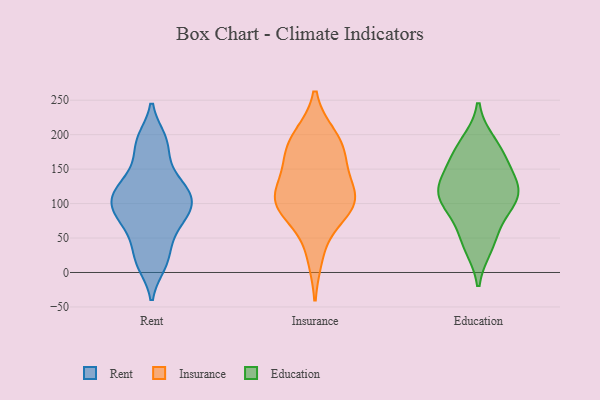
{"axis": {"x": "Backlog", "y": "Value"}, "legend": ["Education", "Insurance", "Rent"], "data": [{"x": "", "y": 127, "type": "Rent"}, {"x": "", "y": 156, "type": "Rent"}, {"x": "", "y": 94, "type": "Rent"}, {"x": "", "y": 19, "type": "Rent"}, {"x": "", "y": 122, "type": "Rent"}, {"x": "", "y": 48, "type": "Rent"}, {"x": "", "y": 95, "type": "Rent"}, {"x": "", "y": 193, "type": "Rent"}, {"x": "", "y": 116, "type": "Rent"}, {"x": "", "y": 189, "type": "Rent"}, {"x": "", "y": 105, "type": "Rent"}, {"x": "", "y": 12, "type": "Rent"}, {"x": "", "y": 79, "type": "Rent"}, {"x": "", "y": 71, "type": "Rent"}, {"x": "", "y": 198, "type": "Insurance"}, {"x": "", "y": 162, "type": "Insurance"}, {"x": "", "y": 24, "type": "Insurance"}, {"x": "", "y": 79, "type": "Insurance"}, {"x": "", "y": 123, "type": "Insurance"}, {"x": "", "y": 107, "type": "Insurance"}, {"x": "", "y": 168, "type": "Insurance"}, {"x": "", "y": 198, "type": "Insurance"}, {"x": "", "y": 106, "type": "Insurance"}, {"x": "", "y": 91, "type": "Insurance"}, {"x": "", "y": 102, "type": "Insurance"}, {"x": "", "y": 173, "type": "Insurance"}, {"x": "", "y": 111, "type": "Insurance"}, {"x": "", "y": 39, "type": "Education"}, {"x": "", "y": 115, "type": "Education"}, {"x": "", "y": 128, "type": "Education"}, {"x": "", "y": 173, "type": "Education"}, {"x": "", "y": 163, "type": "Education"}, {"x": "", "y": 51, "type": "Education"}, {"x": "", "y": 103, "type": "Education"}, {"x": "", "y": 92, "type": "Education"}, {"x": "", "y": 187, "type": "Education"}, {"x": "", "y": 131, "type": "Education"}, {"x": "", "y": 111, "type": "Education"}]}